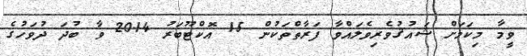
ވީމާ މިކަމަށް ޝައުޤުވެރިވެލައްވާ ފަރާތްތަކުން 15 އޮކްޓޫބަރު 2014 ވާ ބުދަ ދުވަހުގެ